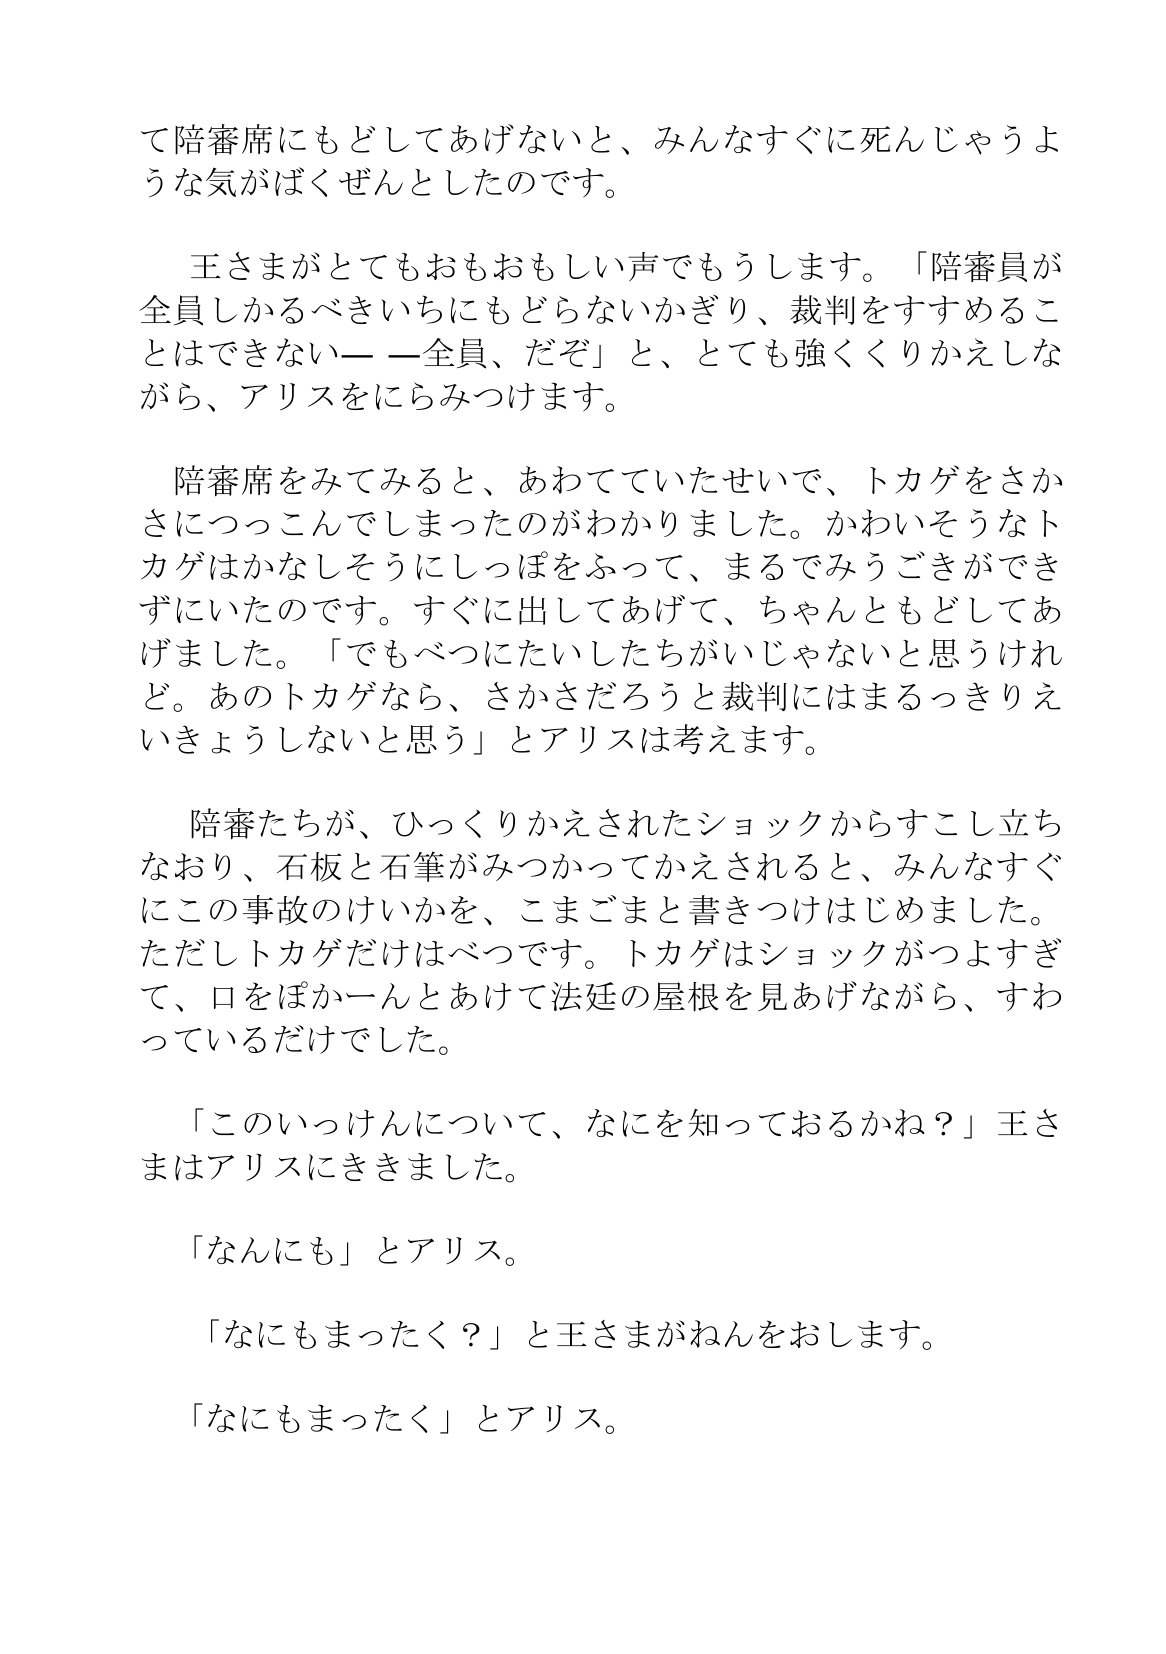
Language: ja